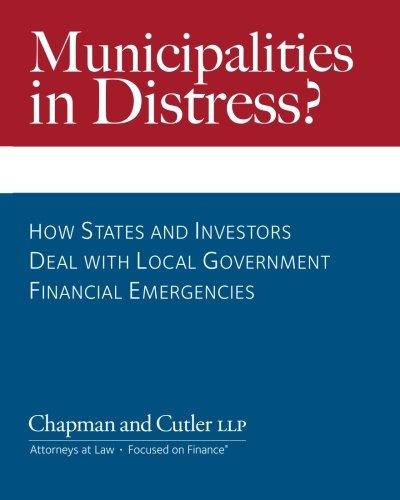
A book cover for Municipalities in Distress?: How States and Investors Deal with Local Government Financial Emergencies (Volume 1); James E. Spiotto; Law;